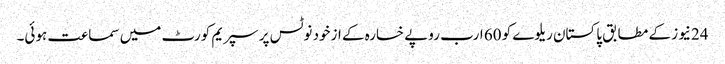
24نیوز کے مطابق پاکستان ریلوے کو 60 ارب روپے خسارہ کے ازخود نوٹس پر سپریم کورٹ میں سماعت ہوئی۔